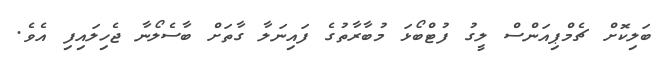
ބަލިކޮށް ޗެމްޕިއަންސް ލީގު ފުޓްބޯޅަ މުބާރާތުގެ ފައިނަލާ ގާތަށް ބާސެލޯނާ ޖެހިލައިފި އެވެ.